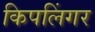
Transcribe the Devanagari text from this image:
किपलिंगर